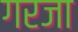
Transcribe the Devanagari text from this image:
गरजा